Leaving Certificate, 1901
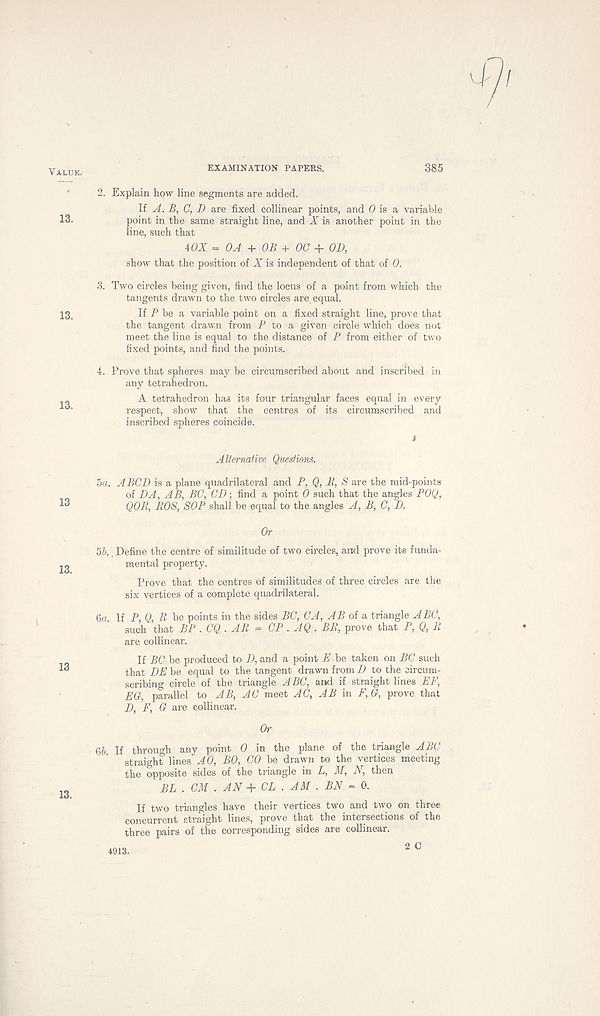
Value.
13.
13.
13.
13
13.
13
EXAMINATION PAPERS.
385
2. Explain how line segments are added.
li A. B, C, D are fixed collinear points, and 0 is a variable
point in the same straight line, and X is another point in the
line, such that
WX = OA + OB +00+ OD,
show that the position of X is independent of that of 0.
3. Two circles being given, find the locus of a point from which the
tangents drawn to the two circles are equal.
If P be a variable point on a fixed straight line, prove that
the tangent drawn from P to a given circle which does not
meet the line is equal to the distance of P from either of two
fixed points, and find the points.
4. Prove that spheres may be circumscribed about and inscribed in
any tetrahedron.
A tetrahedron has its four triangular faces equal in every
respect, show that the centres of its circumscribed and
inscribed spheres coincide.
Alternative Questions.
5a. A BCD is a plane quadrilateral and P, Q, R, S are the mid-points
of DA, AB, BC, CD; find a point 0 such that the angles POQ,
QOR, ROS, SOP shall be equal to the angles A, B, C, D.
Or
5b., Define the centre of similitude of two circles, and prove its funda-
mental property.
Prove that the centres of similitudes of three circles are the
six vertices of a complete quadrilateral.
6«. If P, Q, R be points in the sides BC, CA, AB oi a, triangle ABC,
such that BP . CQ . AR = CP . AQ . BR, prove that P, Q, R
are collinear.
If BC be produced to D, and a point E be taken on BC such
that DE be equal to the tangent drawn from D to the circum-
scribing circle of the triangle A BC, and if straight lines EF,
EG, parallel to AB, AC meet AC, AB in F, G, prove that
D, F, G are collinear.
Or
66 If through any point 0 in the plane of the triangle ABC
straight lines AO, BO, CO be drawn to the vertices meeting
the opposite sides of the triangle in L, M, N, then
BE . CM . AN + CL . AM . BN = 0.
If two triangles have their vertices two and two on three
concurrent straight lines, prove that the intersections of the
three pairs of the corresponding sides are collinear. 2 C
4913.